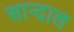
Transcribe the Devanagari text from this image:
सान्दाल